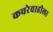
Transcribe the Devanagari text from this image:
कचरेवाडीला